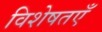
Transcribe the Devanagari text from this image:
विशेषतएँ